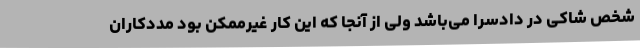
شخص شاکی در دادسرا می‌باشد ولی از آنجا که این کار غیرممکن بود مددکاران